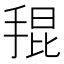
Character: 𭡎